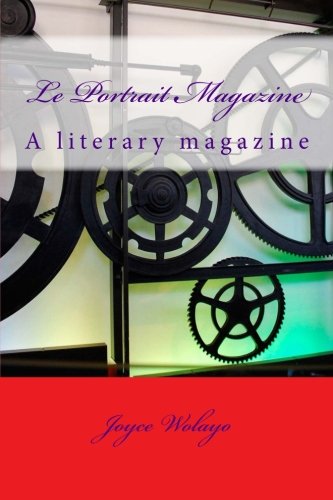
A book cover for Le Portrait Magazine: A literary magazine; ms Joyce Wolayo; Crafts, Hobbies & Home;